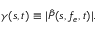
\gamma ( s , t ) \equiv | \hat { P } ( s , f _ { e } , t ) | .